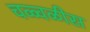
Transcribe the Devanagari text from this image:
चळ्वळीस